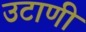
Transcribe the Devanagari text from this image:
उटाणी